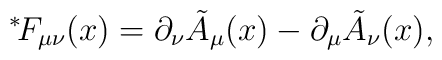
{}^*\!F_{\mu\nu}(x) = \partial_\nu \tilde{A}_\mu(x) - \partial_\mu \tilde{A}_\nu(x),